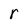
Character: r